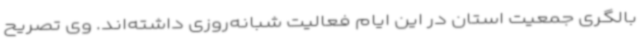
بالگری جمعیت استان در این ایام فعالیت شبانه‌روزی داشته‌اند. وی تصریح